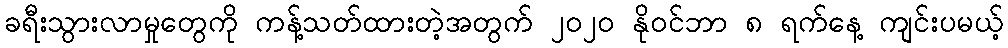
ခရီးသွားလာမှုတွေကို ကန့်သတ်ထားတဲ့အတွက် ၂၀၂၀ နိုဝင်ဘာ ၈ ရက်နေ့ ကျင်းပမယ့်